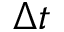
\Delta t